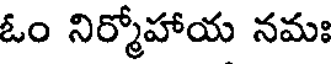
ఓం నిర్మోహాయ నమః